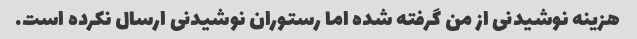
هزینه نوشیدنی از من گرفته شده اما رستوران نوشیدنی ارسال نکرده است.